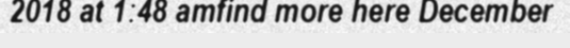
2018 at 1:48 amfind more here December